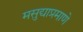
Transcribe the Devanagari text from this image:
मसुद्याप्रमाणे